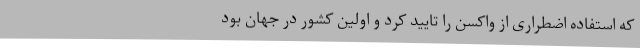
که استفاده اضطراری از واکسن را تایید کرد و اولین کشور در جهان بود